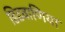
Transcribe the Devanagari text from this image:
डिडवाणिया